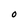
Character: O